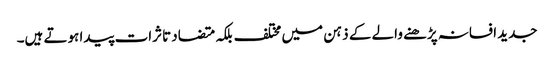
جدید افسانہ پڑھنے والے کے ذہن میں مختلف بلکہ متضاد تاثرات پیدا ہوتے ہیں۔